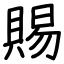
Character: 賜